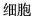
细胞